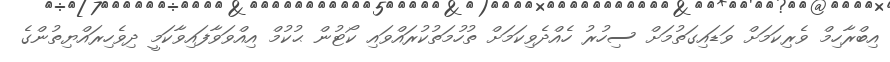
އިބްރާހިމް ވެރިކަމަށް ވަޑައިގަތުމަށް ސިހުރު ހެއްދެވިކަމަށް ތުހުމަތުކުރައްވައި ކޯޓުން ޙުކުމް އިއްވަވާފައިވާކަމީ ދިވެހިރައްޔިތުންގެ